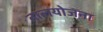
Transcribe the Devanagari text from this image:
तालयोजना